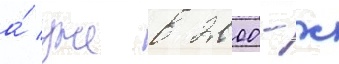
а́ уже в 2000-х